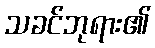
သခင်ဘုရား၏